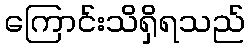
ကြောင်းသိရှိရသည်